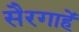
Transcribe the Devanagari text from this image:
सैरगाहें